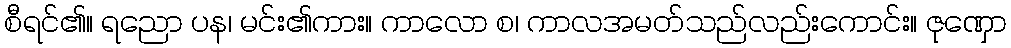
စီရင်၏။ ရညော ပန၊ မင်း၏ကား။ ကာလော စ၊ ကာလအမတ်သည်လည်းကောင်း။ ဇုဏှော